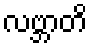
လဗ္ဘာတိ